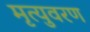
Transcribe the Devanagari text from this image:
मृत्युवरण